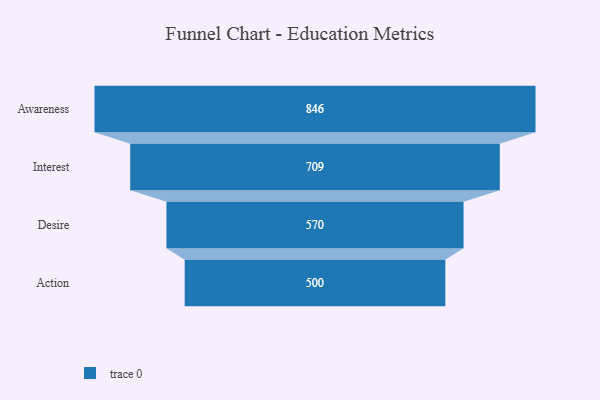
{"axis": {"x": "Stage", "y": "Value"}, "legend": [""], "data": [{"x": "Awareness", "y": 846.0, "type": ""}, {"x": "Interest", "y": 709.0, "type": ""}, {"x": "Desire", "y": 570.0, "type": ""}, {"x": "Action", "y": 500, "type": ""}]}